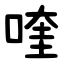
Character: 喹